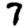
Digit: 7